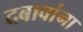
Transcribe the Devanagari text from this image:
दबावांना